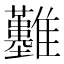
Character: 𩁬